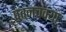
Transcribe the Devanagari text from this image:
पवनचक्या